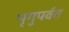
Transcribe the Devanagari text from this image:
भृगुपर्वत